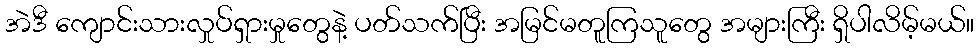
အဲဒီ ကျောင်းသားလှုပ်ရှားမှုတွေနဲ့ ပတ်သက်ပြီး အမြင်မတူကြသူတွေ အများကြီး ရှိပါလိမ့်မယ်။